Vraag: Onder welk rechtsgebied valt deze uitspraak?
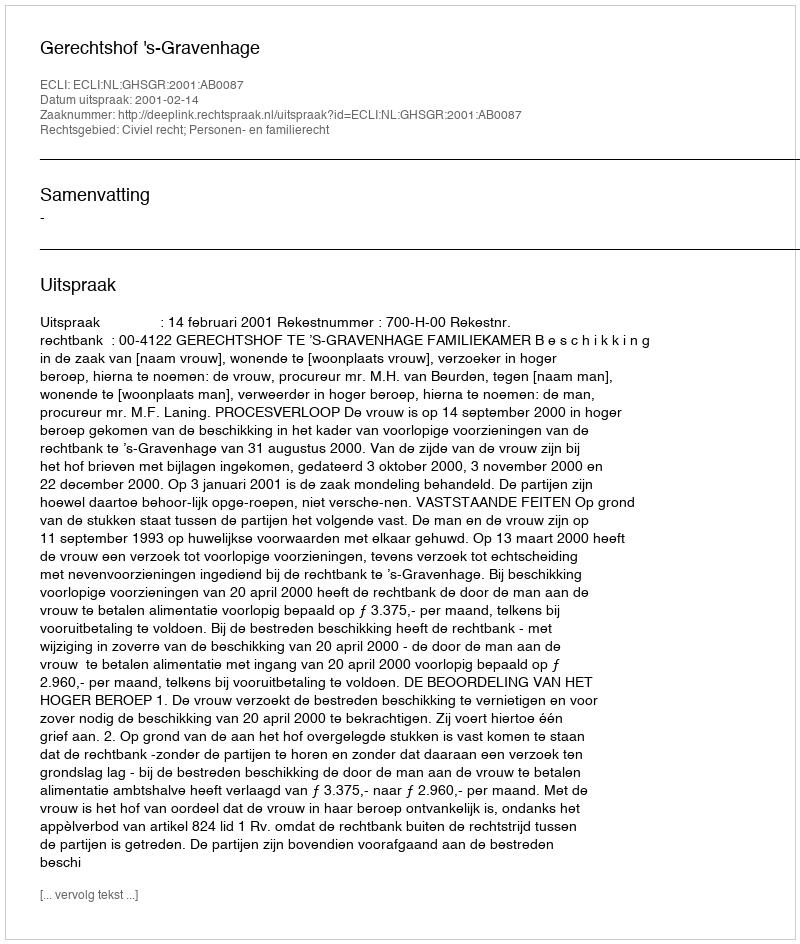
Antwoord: Civiel recht; Personen- en familierecht